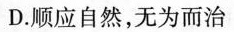
D.顺应自然，无为而治